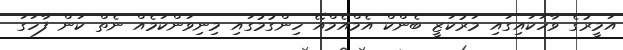
އަމީރުގެ ވާހަކައިގައި މަރުކަޒީ ބެންކް އެމްއެމްއޭ ހިންގުމުގައި މިނިވަންކަމެއް ނެތް ކަން ފާހަގަ